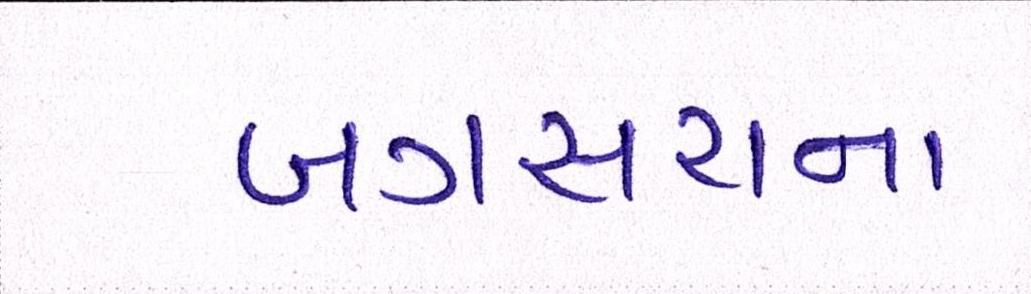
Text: બગસરાના